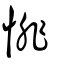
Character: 悱